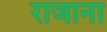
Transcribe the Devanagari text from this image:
राजाना